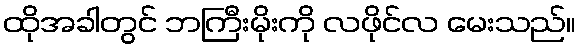
ထိုအခါတွင် ဘကြီးမိုးကို လဖိုင်လ မေးသည်။